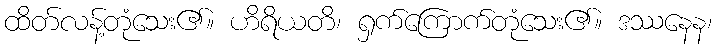
ထိတ်လန့်တုံသေး၏။ ဟိရိယတိ၊ ရှက်ကြောက်တုံသေး၏။ ဒဿနေန၊